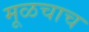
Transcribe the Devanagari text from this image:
मूळचाच